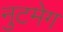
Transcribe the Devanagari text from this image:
नुटमेग